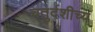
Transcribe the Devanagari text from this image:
चतुर्दशीच्य